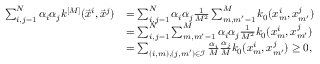
\begin{array} { r l } { \sum _ { i , j = 1 } ^ { N } \alpha _ { i } \alpha _ { j } k ^ { [ M ] } ( \vec { x } ^ { i } , \vec { x } ^ { j } ) } & { = \sum _ { i , j = 1 } ^ { N } \alpha _ { i } \alpha _ { j } \frac { 1 } { M ^ { 2 } } \sum _ { m , m ^ { \prime } = 1 } ^ { M } k _ { 0 } ( x _ { m } ^ { i } , x _ { m ^ { \prime } } ^ { j } ) } \\ & { = \sum _ { i , j = 1 } ^ { N } \sum _ { m , m ^ { \prime } = 1 } ^ { M } \alpha _ { i } \alpha _ { j } \frac { 1 } { M ^ { 2 } } k _ { 0 } ( x _ { m } ^ { i } , x _ { m ^ { \prime } } ^ { j } ) } \\ & { = \sum _ { ( i , m ) , ( j , m ^ { \prime } ) \in \mathcal { I } } \frac { \alpha _ { i } } { M } \frac { \alpha _ { j } } { M } k _ { 0 } ( x _ { m } ^ { i } , x _ { m ^ { \prime } } ^ { j } ) \geq 0 , } \end{array}